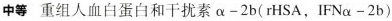
中等 重组人血白蛋白和干扰素$$\alpha -2b(rHSA，IFN \alpha -2b)$$